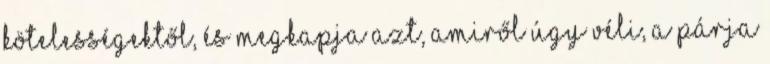
kötelességektől, és megkapja azt, amiről úgy véli, a párja